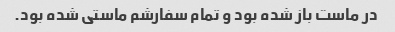
در ماست باز شده بود و تمام سفارشم ماستی شده بود.